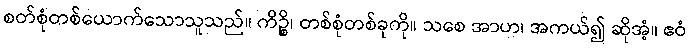
စတ်စုံတစ်ယောက်သောသူသည်။ ကိဉ္စိ၊ တစ်စုံတစ်ခုကို။ သစေ အာဟ၊ အကယ်၍ ဆိုအံ့။ ဧဝံ